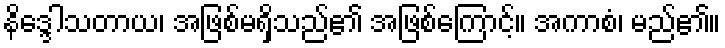
နိဒ္ဒေါသတာယ၊ အဖြစ်မရှိသည်၏ အဖြစ်ကြောင့်။ အကာစံ၊ မည်၏။